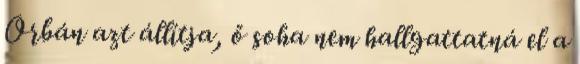
Orbán azt állítja, ő soha nem hallgattatná el a